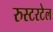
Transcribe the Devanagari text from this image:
रुस्टरटेल